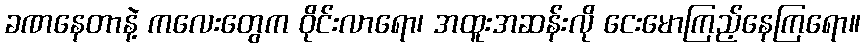
ခဏနေတာနဲ့ ကလေးတွေက ဝိုင်းလာရော၊ အထူးအဆန်းလို ငေးမောကြည့်နေကြရော။